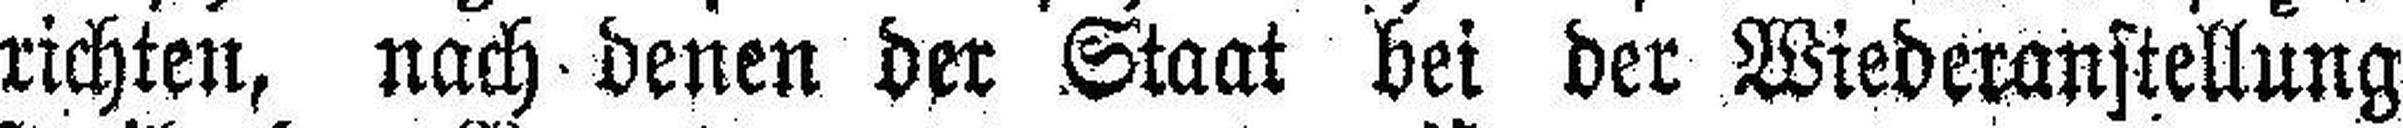
richten, nach denen der Staat bei der Wiederanstellung